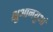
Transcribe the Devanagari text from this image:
क्षुआनयुआं